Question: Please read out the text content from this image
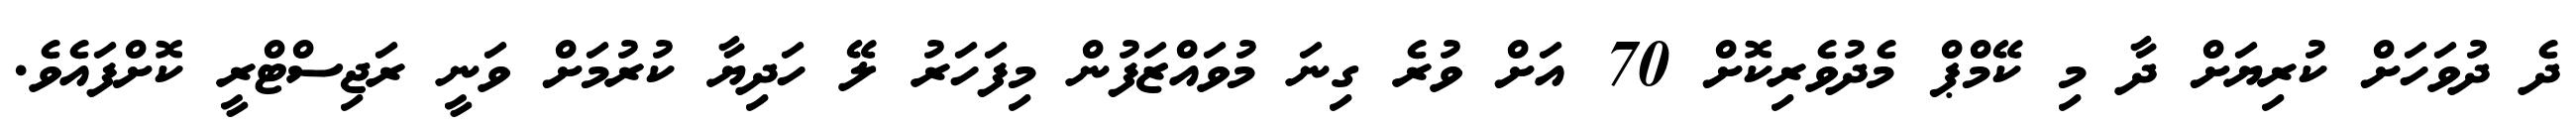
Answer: ދެ ދުވަހަށް ކުރިޔަށް ދާ މި ކޭމްޕް މެދުވެރިކޮށް 70 އަށް ވުރެ ގިނަ މުވައްޒަފުން މިފަހަރު ލޭ ހަދިޔާ ކުރުމަށް ވަނީ ރަޖިސްޓްރީ ކޮށްފައެވެ.